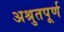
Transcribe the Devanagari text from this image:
अश्रुतपूर्ण